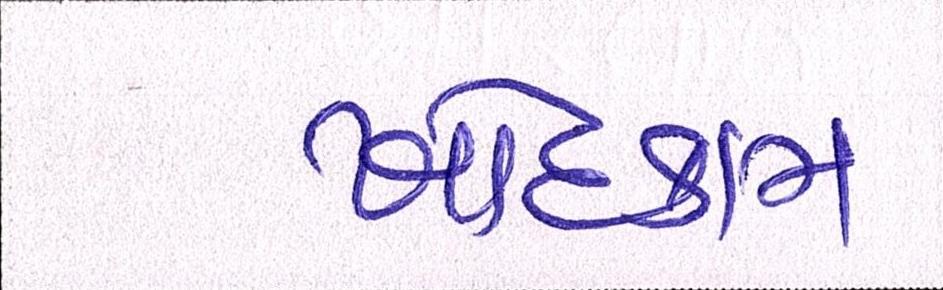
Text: ખોદકામ